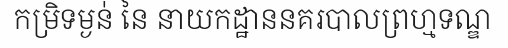
កម្រិទម្ងន់ នៃ នាយកដ្ឋាននគរបាលព្រហ្មទណ្ឌ